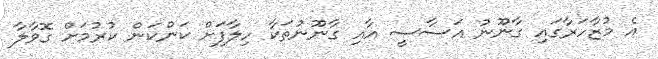
އެ މުޒާހަރާގައި ގާނޫނު އަސާސީ އާއި ގާނޫނުތަކާ ހިލާފަށް ކަންކަން ކުރުމަށް ގޮވާލާ